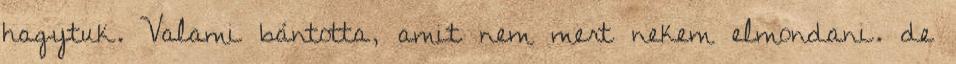
hagytuk. Valami bántotta, amit nem mert nekem elmondani. de